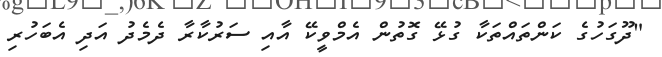
"ދޫގަހުގެ ކަންތަައްތަކާ ގުޅޭ ގޮތުން އެމްވީކޭ އާއި ސަރުކާރާ ދެމެދު އަދި އެބަހުރި